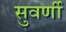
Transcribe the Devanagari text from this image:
सुवर्णी